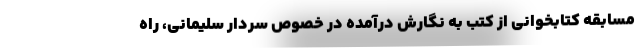
مسابقه کتابخوانی از کتب به نگارش درآمده در خصوص سردار سلیمانی، راه